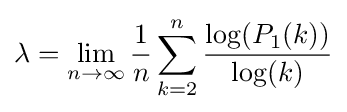
\lambda =\lim _{n\to \infty }{\frac {1}{n}}\sum _{k=2}^{n}{\frac {\log(P_{1}(k))}{\log(k)}}